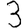
Digit: 3